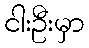
ငါးဦးမှာ